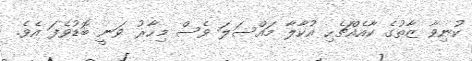
ކުނިވާ ޒާތުގެ ކާއެއްޗެހި އުކާލާ މައްސަލަ ވެސް މިހާރު ވަނީ ބޮޑުވެފަ އެވެ.